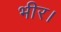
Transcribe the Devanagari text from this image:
भीर।